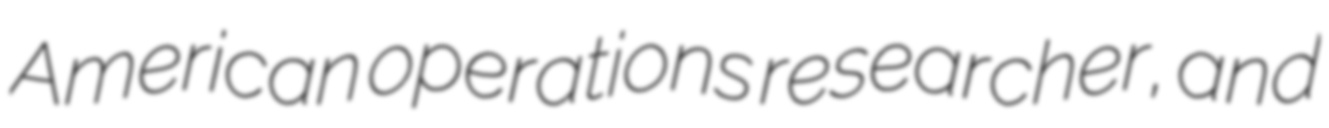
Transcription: American operations researcher, and